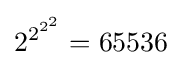
2^{2^{2^{2}}}=65536